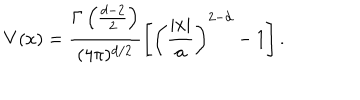
LaTeX: V ( x ) = \frac { \Gamma \left( \frac { d - 2 } { 2 } \right) } { ( 4 \pi ) ^ { d / 2 } } \left[ \left( \frac { | x | } { a } \right) ^ { 2 - d } - 1 \right] .